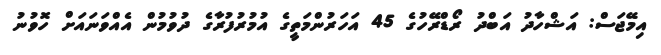
އިމޭޖަސް: އަޝްހާދު އަބްދު ރޯޑްރޭހުގެ 45 އަހަރުންމަތީގެ އުމުރުފުރާގެ ދުވުމުން އެއްވަނައަށް ހޮވުނު